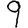
Digit: 9